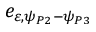
e _ { \varepsilon , \psi _ { P 2 } - \psi _ { P 3 } }